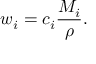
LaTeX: w _ { i } = c _ { i } { \frac { M _ { i } } { \rho } } .